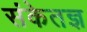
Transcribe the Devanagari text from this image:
संकेतज्ञ